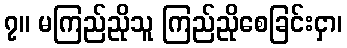
၇။ မကြည်ညိုသူ ကြည်ညိုစေခြင်းငှာ၊